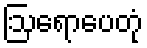
ဩရောပေတုံ